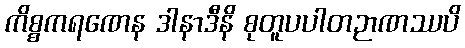
ကိစ္စကရဏေန ဒါနာဒီနိ စုတူပပါတဉာဏဿပိ